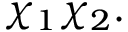
\chi _ { 1 } \chi _ { 2 } .